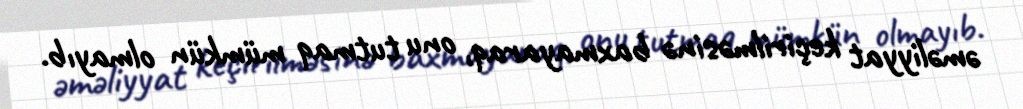
əməliyyat keçirilməsinə baxmayaraq, onu tutmaq mümkün olmayıb.